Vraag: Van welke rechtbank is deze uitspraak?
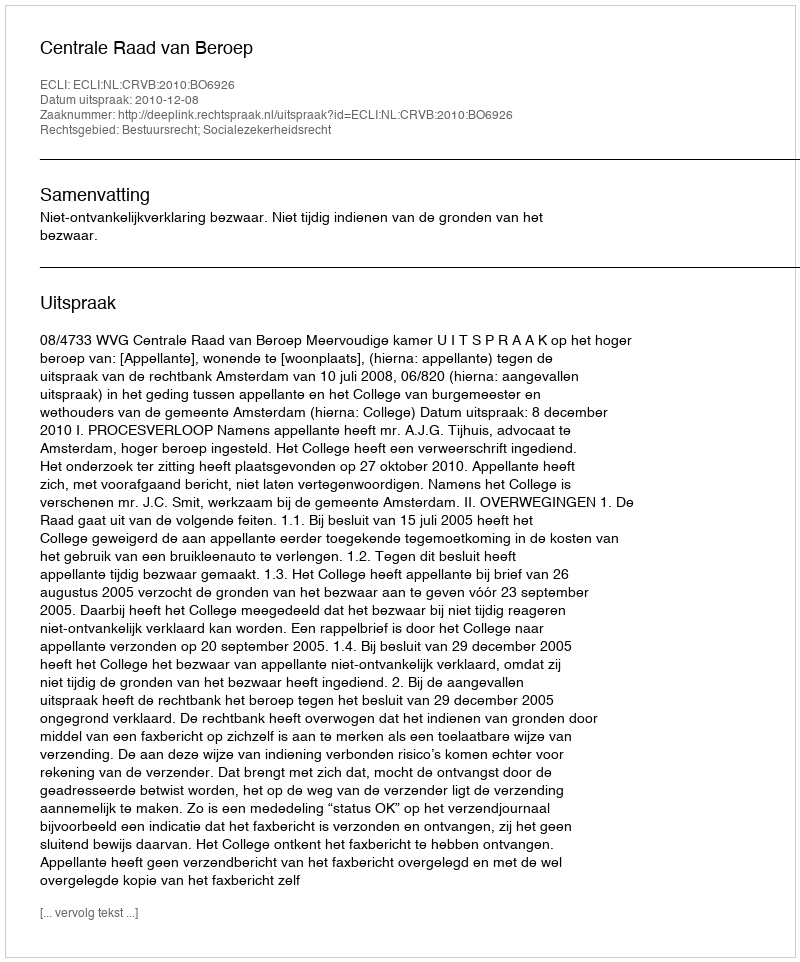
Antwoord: Centrale Raad van Beroep